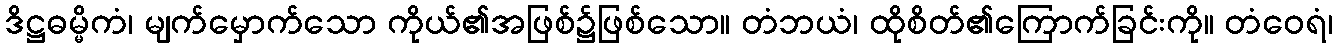
ဒိဋ္ဌဓမ္မိကံ၊ မျက်မှောက်သော ကိုယ်၏အဖြစ်၌ဖြစ်သော။ တံဘယံ၊ ထိုစိတ်၏ကြောက်ခြင်းကို။ တံဝေရံ၊